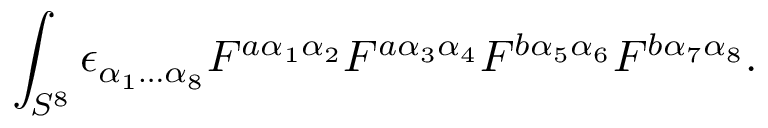
\int _ { S ^ { 8 } } \epsilon _ { \alpha _ { 1 } \ldots \alpha _ { 8 } } F ^ { a \alpha _ { 1 } \alpha _ { 2 } } F ^ { a \alpha _ { 3 } \alpha _ { 4 } } F ^ { b \alpha _ { 5 } \alpha _ { 6 } } F ^ { b \alpha _ { 7 } \alpha _ { 8 } } .